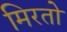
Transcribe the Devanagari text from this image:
मिरतो